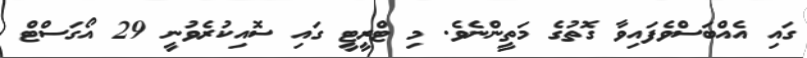
ގައި އެއްބަސްވެފައިވާ ގޮތުގެ މަތީންނެވެ. މި ޓްރީޓީ ގައި ސޮއިކުރެވުނީ 29 އޯގަސްޓް